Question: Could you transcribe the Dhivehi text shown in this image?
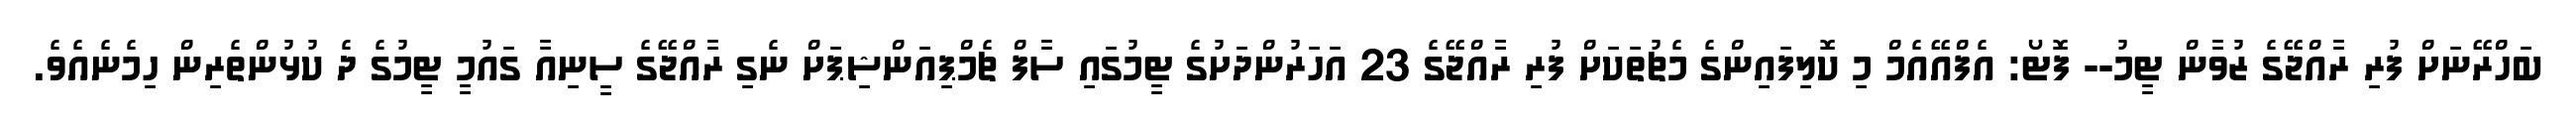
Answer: ބަހްރޭނަށް ފުރި ރާއްޖޭގެ ޒުވާން ޓީމު-- ފޮޓޯ: އެފްއޭއެމް މި ކޮލިފައިންގެ މެޗުތަކަށް ފުރި ރާއްޖޭގެ 23 އަހަރުންދަށުގެ ޓީމުގައި ސާފް ޗެމްޕިއަންޝިޕަށް ނެގި ރާއްޖޭގެ ސީނިއާ ގައުމީ ޓީމުގެ ދެ ކުޅުންތެރިން ހިމެނެއެވެ.